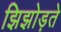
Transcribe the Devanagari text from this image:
झिझोड़ते